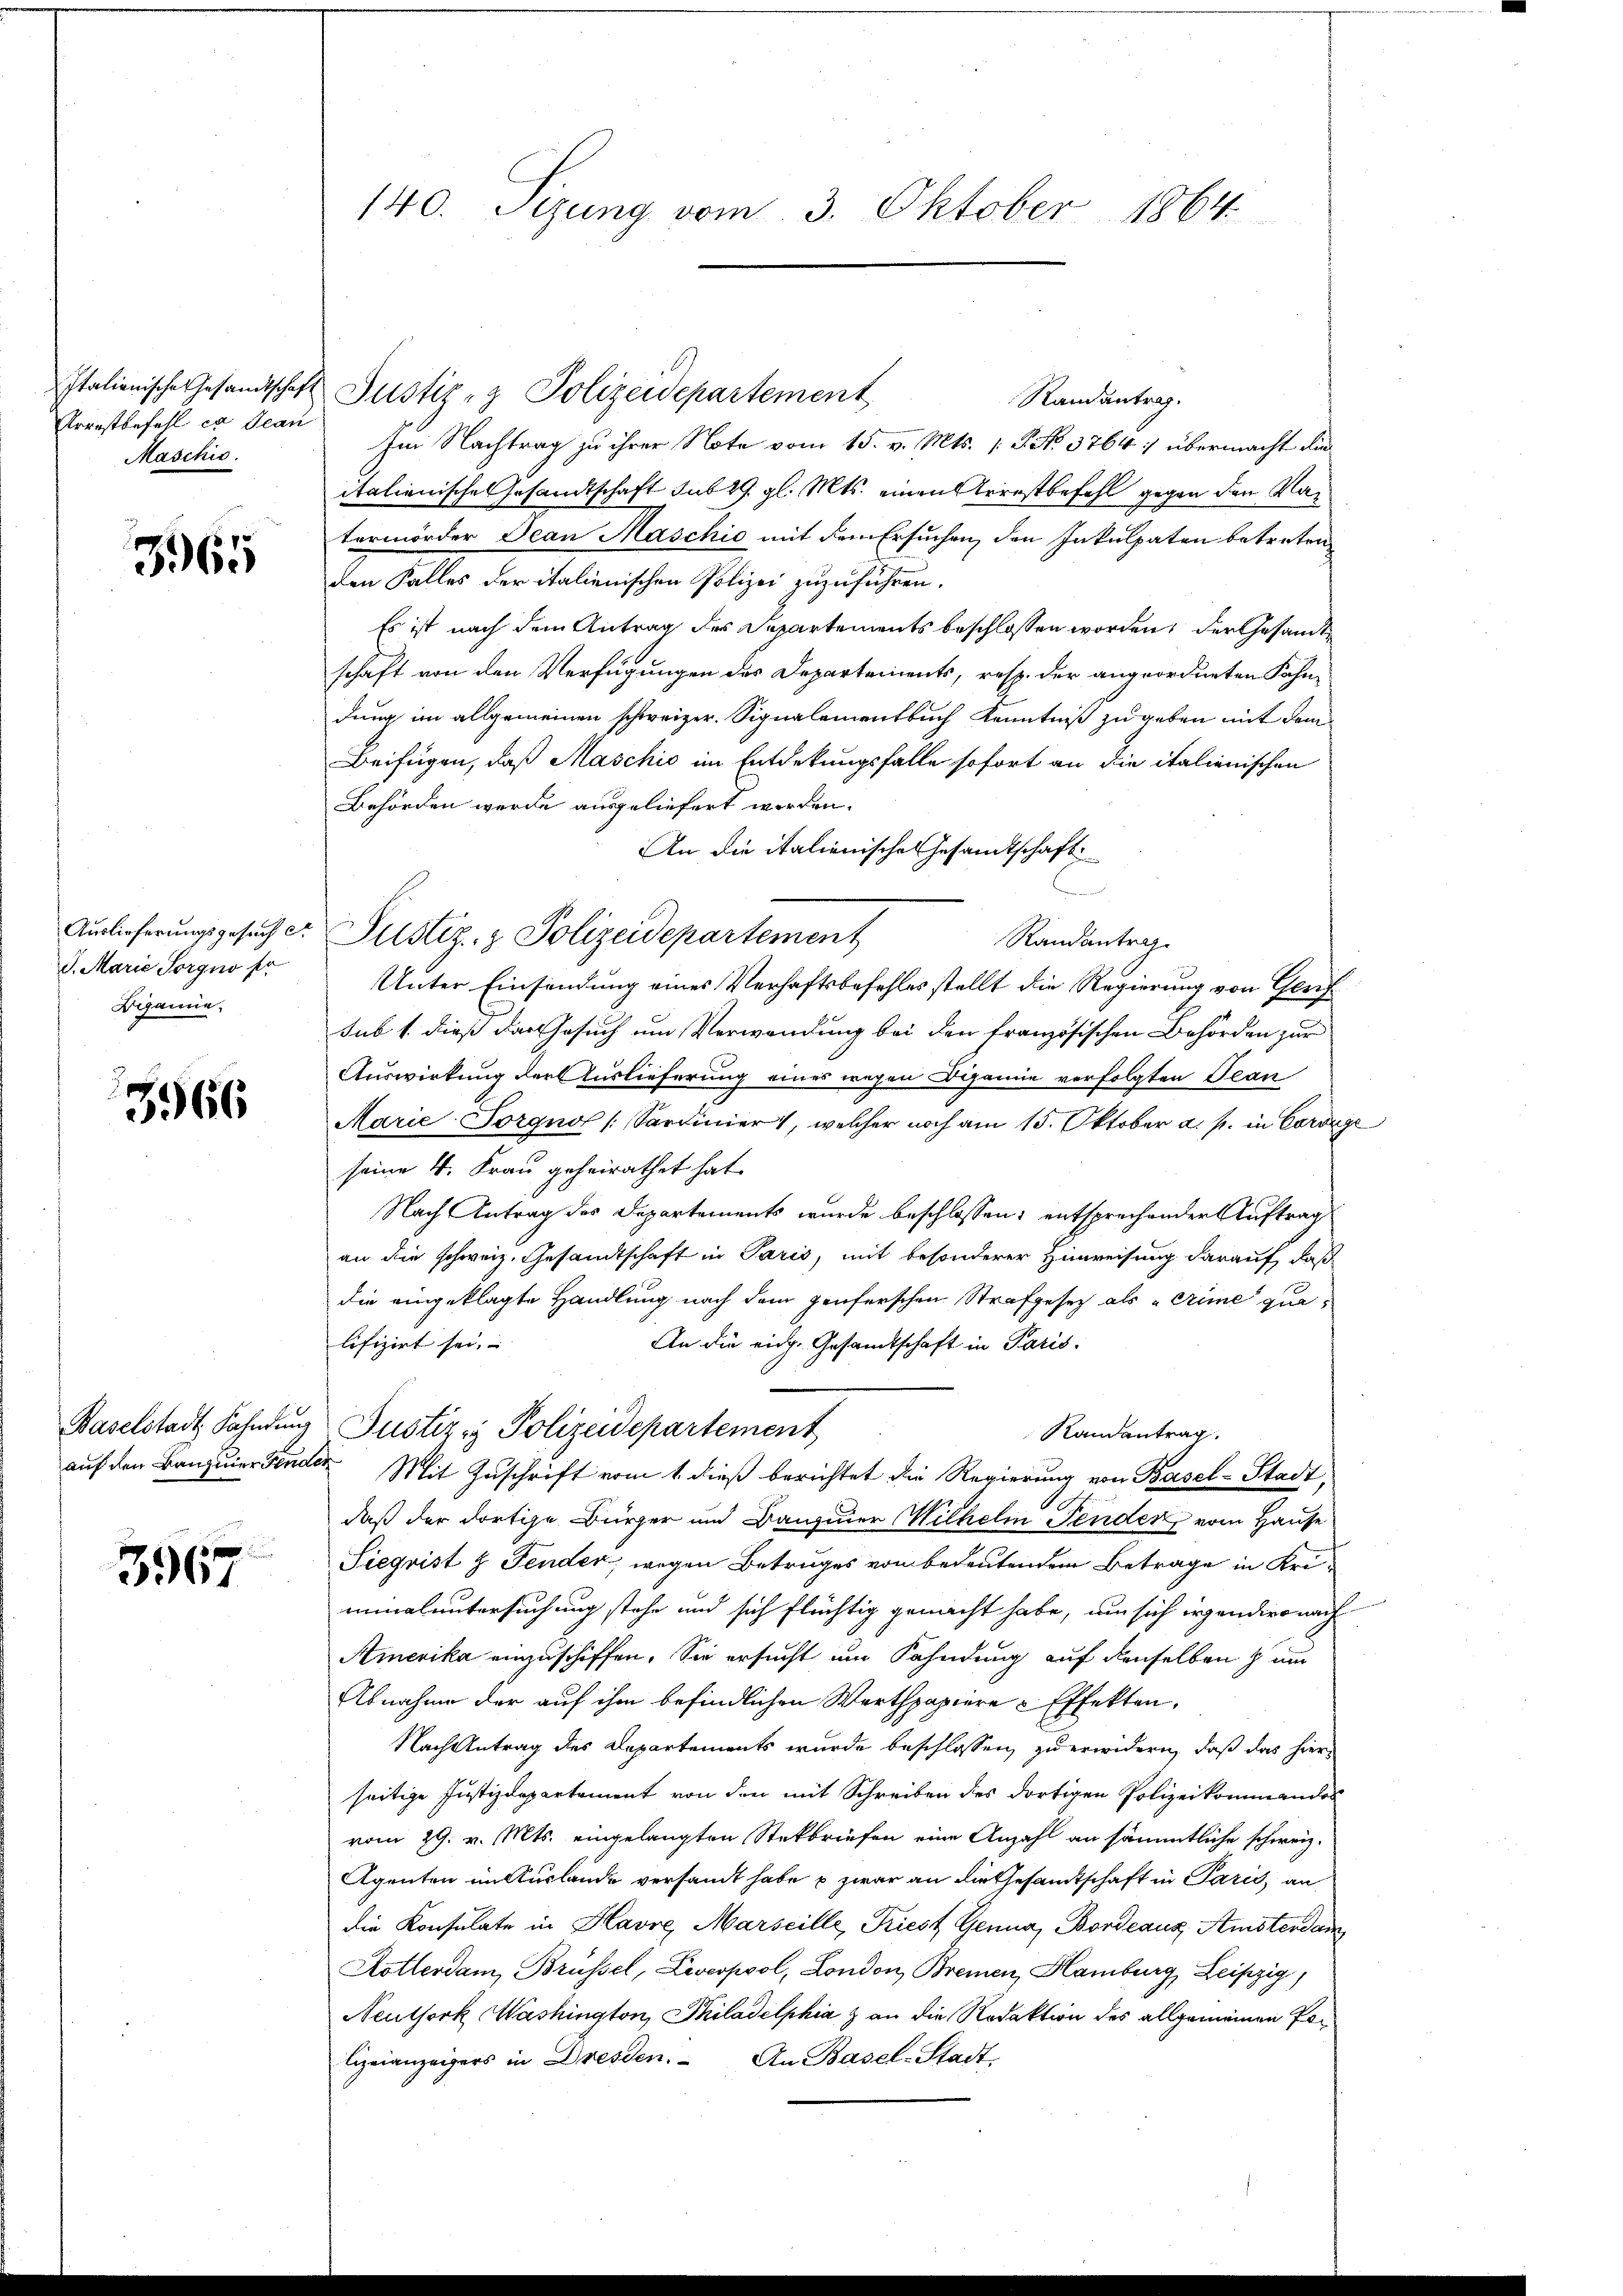
Italienische Gesandtschaf¬
Arrestbefehl ex Jean
Maschie

3965

Auslieferungsgesuch c
S. Marie Sorgno pr
Diganne

3966

Baselstadt Fahndung
auf den Bauziner Fende.

3967

140. Sizung vom 3. Oktober 1864

Randantrag.
Im Nachtrag zu ihrer Note vom 15. v. Mts. (: P. No. 3764 übermacht die
italienische Gesandtschaft sub 29. gl. Mts. einen Arrestbefehl gegen den Natermorder Jean Maschio mit dem Ersuchen, den Inkulpaten betreten
den Galler der italienischen Polizei zu gehalten.
Es ist nach dem Antrag des Departements beschlossen worden, der Gesamte
schaft von den Verfügungen des Departements, resp. der angeordneten Fahndung im allgemeinen schweizer. Signalementbuch Kenntniß zugeben mit dem
Beifügen, daß Maschić im Entdekungsfalle sofort an die italienischen
Behörden werde ausgeliefert werden.
An die italienisches Gesamtschaft
Randantrag.
Unter Einsendung eines Verhaftsbefehles stellt die Regierung von Grif
sub 1. dieß das Gesuch um Verwendung bei den französischen Behörden zur
Auswirkung der Auslieferung eines wegen Dipanie verfolgten Jean
Marie Sorgnol (Sardinier, welcher noch am 15. Oktober a. p. in Corrige
seine 4. Frau geheirathet hat.
Nach Antrag des Departements wurde beschlossen: entsprechender Auftrag
an die schweiz. Gesandtschaft in Paris, mit besonderer Hinweisung darauf, daß
die eingeklagte Handlung nach dem penferschen Strafgesetz als crime qualifizirt sei.
An die eidg. Gesandtschaft in Paris
Justiz & Polizeidepartement
Randantrag.
 Mit Zuschrift vom 1. dieß berichtet die Regierung von Basel-Stadt,
A
daß der dortige Bürger und Bauziner Wilhelm Fenden vom Hause
Siegrist & Fender, wegen Betruges von bedeutendem Betrage in Urininaluntersuchung stehe und sich flüchtig gemacht habe, um sich irgendero nach
Amerika einzuschiffen. Sie ersucht um Fahndung auf denselben zum
Abnahme der auf ihm befindlichen Werthpapiere Effekten.
Nach Antrag des Departements wurde beschlossen zu erwidern, daß das hier
seitige Justizdepartement von den mit Schreiben des dortigen Polizeikommandos
vom 29. v. Mts. eingelangten Steckbriefen eine Anzahl an sämmtliche schweiz.
Agenten im Auslande versandt habe u zwar an die Gesamtschaft in Paris, an
die Konsulate in Havre, Marseille, Friest Genua, Bordeaus Amsterdam
Rotterdam, Brüssel, Liverpool, London, Bremen, Hamburg, Leipzig,
Neuthork Washington, Philadelphia & an die Redaktion des allgemeinen Polizeianzeigers in Dresden. An Basel-Stadt,

Justiz- & Polizeidepartement

Justiz- & Polizeidepartement